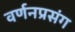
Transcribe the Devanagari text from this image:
वर्णनप्रसंग